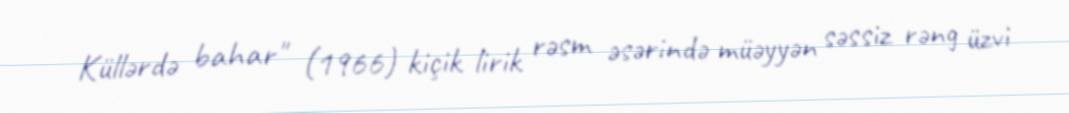
Küllərdə bahar" (1966) kiçik lirik rəsm əsərində müəyyən səssiz rəng üzvi